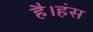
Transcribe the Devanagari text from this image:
है।हंस